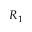
R _ { 1 }